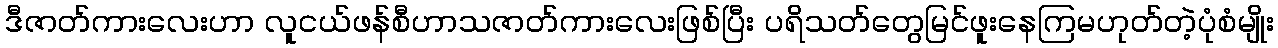
ဒီဇာတ်ကားလေးဟာ လူငယ်ဖန်စီဟာသဇာတ်ကားလေးဖြစ်ပြီး ပရိသတ်တွေမြင်ဖူးနေကြမဟုတ်တဲ့ပုံစံမျိုး